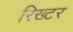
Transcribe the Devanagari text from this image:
रिख्टर